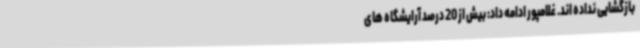
بازگشایی نداده اند. غلامپور ادامه داد: بیش از 20 درصد آرایشگاه های